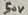
Text: 50V